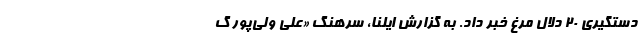
دستگیری ۲۰ دلال مرغ خبر داد. به گزارش ایلنا، سرهنگ «علی ولی‌پور گ